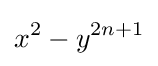
x^{2}-y^{2n+1}